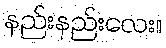
နည်းနည်းလေး။